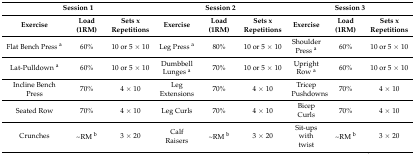
| <COLSPAN=3> Session 1 | <COLSPAN=3> Session 2 | <COLSPAN=3> Session 3 |
 | Exercise | Load (1RM) | Sets x Repetitions | Exercise | Load (1RM) | Sets x Repetitions | Exercise | Load (1RM) | Sets x Repetitions |
 | --- | --- | --- | --- | --- | --- | --- | --- | --- |
 | Flat Bench Press a | 60% | 10 or 5 × 10 | Leg Press a | 80% | 10 or 5 × 10 | Shoulder Press a | 60% | 10 or 5 × 10 |
 | Lat-Pulldown a | 60% | 10 or 5 × 10 | Dumbbell Lunges a | 70% | 10 or 5 × 10 | Upright Row a | 60% | 10 or 5 × 10 |
 | Incline Bench Press | 70% | 4 × 10 | Leg Extensions | 70% | 4 × 10 | Tricep Pushdowns | 70% | 4 × 10 |
 | Seated Row | 70% | 4 × 10 | Leg Curls | 70% | 4 × 10 | Bicep Curls | 70% | 4 × 10 |
 | Crunches | ~RM b | 3 × 20 | Calf Raisers | ~RM b | 3 × 20 | Sit-ups with twist | ~RM b | 3 × 20 |